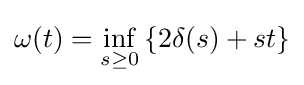
\omega (t)=\inf _{s\geq 0}\left\{2\delta (s)+st\right\}